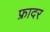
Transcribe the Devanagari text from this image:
फ्रादर